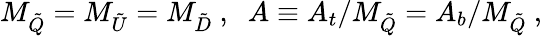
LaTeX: M_{\tilde{Q}}=M_{\tilde{U}}=M_{\tilde{D}}\ ,\; \; A\equiv A_{t}/M_{\tilde{Q}}=A_{b}/M_{\tilde{Q}}\ ,